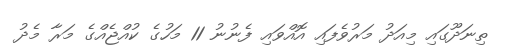
ތިނަދޫގައި މިއަދު މަރުވެފައި އޮއްވައި ފެނުނު 11 މަހުގެ ކުއްޖެއްގެ މަރާ މެދު